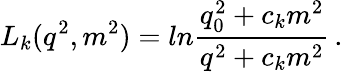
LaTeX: L_{k}(q^{2},m^{2})=ln\frac{q_{0}^{2}+c_{k}m^{2}}{q^{2}+c_{k}m^{2}}\, .